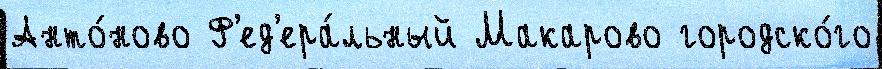
Анто́ново Ф'ед'ера́льный Макарово городско́го